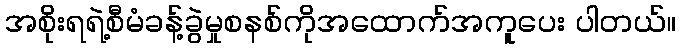
အစိုးရရဲ့စီမံခန့်ခွဲမှုစနစ်ကိုအထောက်အကူပေး ပါတယ်။